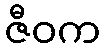
ဇီဝက